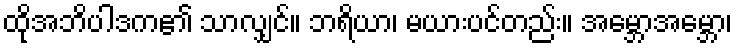
ထိုအဘိပါဒက၏ သာလျှင်။ ဘရိယာ၊ မယားပင်တည်း။ အမ္ဘောအမ္ဘော၊